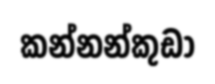
කන්නන්කුඩා